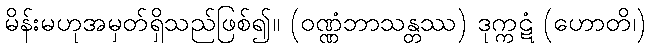
မိန်းမဟုအမှတ်ရှိသည်ဖြစ်၍။ (ဝဏ္ဏံဘာသန္တဿ) ဒုက္ကဋံ (ဟောတိ၊)